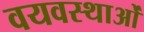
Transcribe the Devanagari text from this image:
वयवस्थाओं